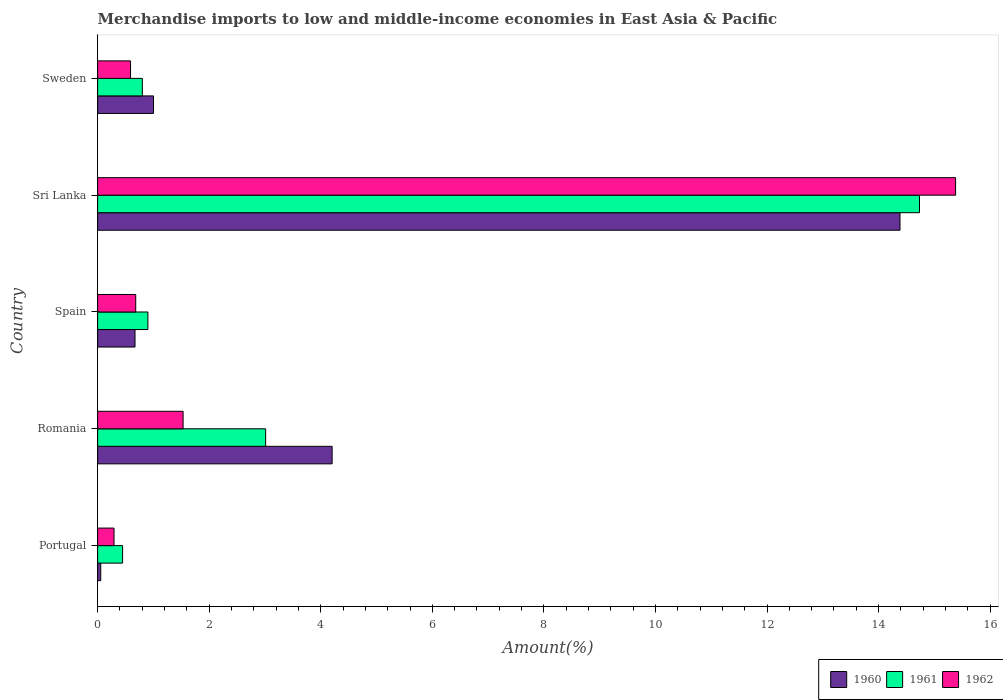
| Country | 1960 | 1961 | 1962 |
 | --- | --- | --- | --- |
 | Portugal | 0.0556 | 0.447 | 0.294 |
 | Romania | 4.2 | 3.01 | 1.53 |
 | Spain | 0.67 | 0.901 | 0.683 |
 | Sri Lanka | 14.4 | 14.7 | 15.4 |
 | Sweden | 1 | 0.801 | 0.59 |